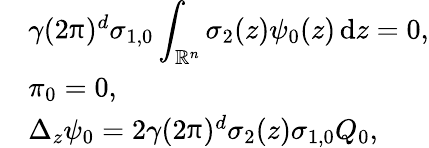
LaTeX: \begin{array}{rl}&{\gamma(2\uppi)^{d}\sigma_{1,0}\displaystyle\int_{\mathbb R^{n}}\sigma_{2}(z)\psi_{0}(z)\, {\mathrm{d}}z=0,}\\ &{\pi_{0}=0,}\\ &{\Delta_{z}\psi_{0}=2\gamma(2\uppi)^{d}\sigma_{2}(z)\sigma_{1,0}Q_{0},}\end{array}